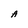
Character: A